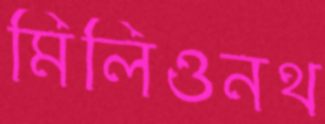
মিলিওনথ